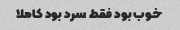
خوب بود فقط سرد بود کاملا